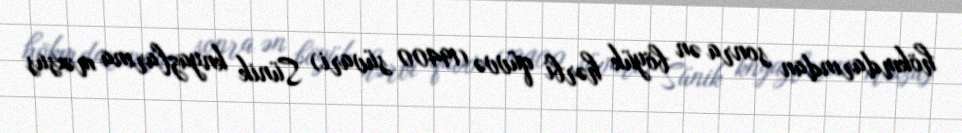
hökmdarından sonra ən böyük hərbi qüvvə (19400 süvari) Sünik knyazlarına məxsus